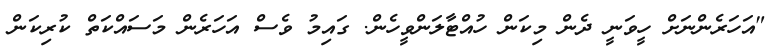
"އަހަރެންނަށް ހީވަނީ ދެން މިކަން ހުއްޓާލަންވީހެން. ގައިމު ވެސް އަހަރެން މަސައްކަތް ކުރިކަން